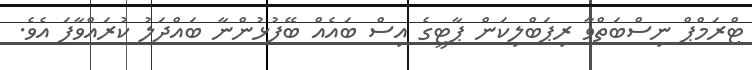
ޓްރަމްޕް ނިސްބަތްވާ ރިޕަބްލިކަން ޕާޓީގެ އިސް ބައެއް ބޭފުޅުންނާ ބައްދަލު ކުރައްވާފަ އެވެ.